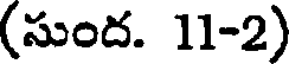
(సుంద. 11-2)